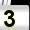
Digit: 3